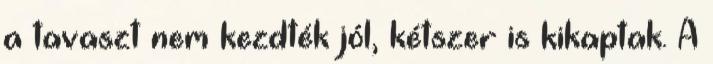
a tavaszt nem kezdték jól, kétszer is kikaptak. A